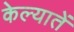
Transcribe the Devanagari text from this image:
केल्यातें